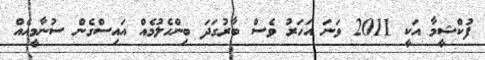
ފުކްޝީމާ އަކީ 2011 ވަނަ އަހަރު ވެސް ބާރުގަދަ ބިންހެލުމެއް އައިސްގެން ސުނާމީއެއް